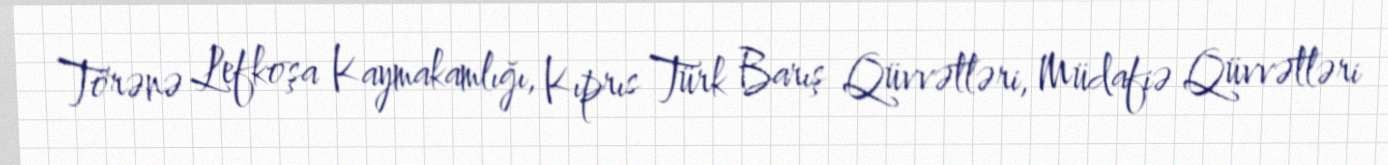
Törənə Lefkoşa Kaymakamlığı, Kıprıs Türk Barış Qüvvətləri, Müdafiə Qüvvətləri